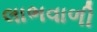
લાભવાળી